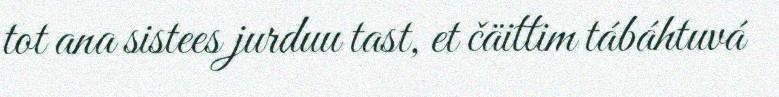
tot ana sistees jurduu tast, et čäittim tábáhtuvá